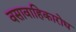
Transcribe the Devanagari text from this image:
वसावाहिकारोध